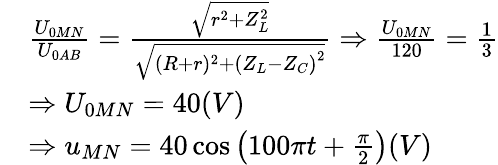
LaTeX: \begin{array}{rl}&{\frac{U_{0MN}}{U_{0AB}}=\frac{\sqrt{r^{2}+Z_{L}^{2}}}{\sqrt{(R+r)^{2}+\left(Z_{L}-Z_{C}\right)^{2}}}\Rightarrow\frac{U_{0MN}}{120}=\frac{1}{3}}\\ &{\Rightarrow U_{0MN}=40(V)}\\ &{\Rightarrow u_{MN}=40\cos\left(100\pi t+\frac{\pi}{2}\right)(V)}\end{array}